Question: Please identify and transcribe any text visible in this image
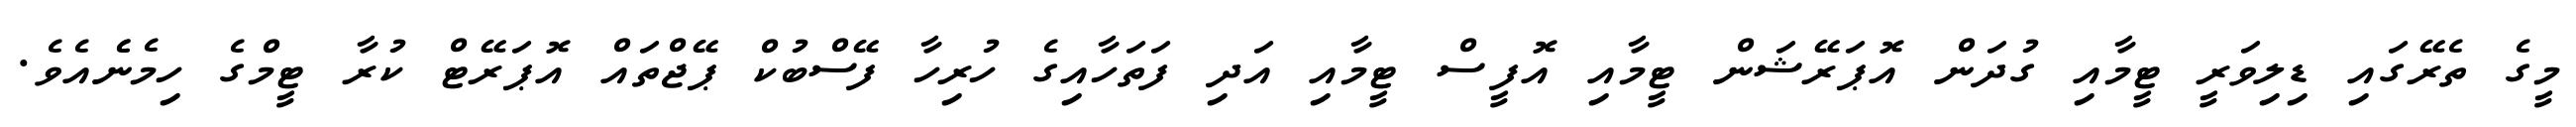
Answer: މީގެ ތެރޭގައި ޑިލިވަރީ ޓީމާއި ގުދަން އޮޕަރޭޝަން ޓީމާއި އޮފީސް ޓީމާއި އަދި ފަތަހާއިގެ ހުރިހާ ފޭސްބުކް ޕޭޖްތައް އޮޕަރޭޓް ކުރާ ޓީމްގެ ހިމެނެެއެވެ.